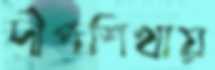
দীপশিখায়